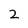
Character: 2